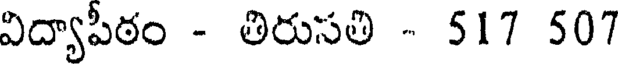
విద్యాపీఠం - తిరుసతి - 517 507